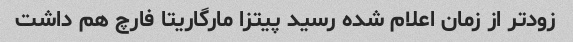
زودتر از زمان اعلام شده رسید پیتزا مارگاریتا فارچ هم داشت